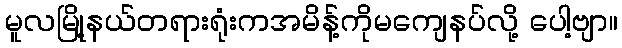
မူလမြို့နယ်တရားရုံးကအမိန့်ကိုမကျေနပ်လို့ ပေါ့ဗျာ။